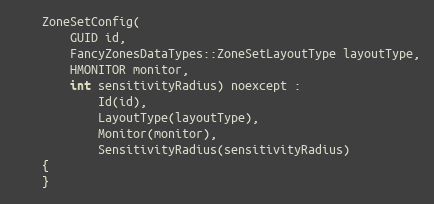
Language: C
    ZoneSetConfig(
        GUID id,
        FancyZonesDataTypes::ZoneSetLayoutType layoutType,
        HMONITOR monitor,
        int sensitivityRadius) noexcept :
            Id(id),
            LayoutType(layoutType),
            Monitor(monitor),
            SensitivityRadius(sensitivityRadius)
    {
    }